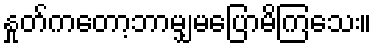
နှုတ်ကတော့ဘာမျှမပြောမိကြသေး။